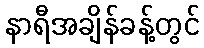
နာရီအချိန်ခန့်တွင်